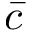
\bar { c }